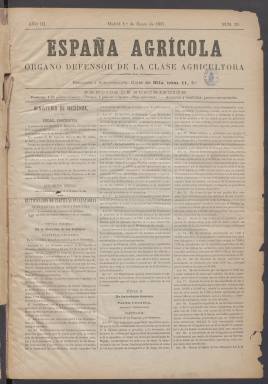
Título: España agrícola (Madrid. 1895)
Colección: Agricultura
Ámbito geográfico: Madrid
Lugar de publicación: Madrid
Fechas: 01/01/1897-15/06/1899